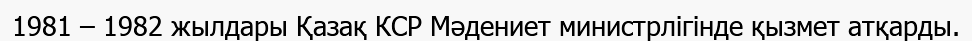
1981 – 1982 жылдары Қазақ КСР Мәдениет министрлігінде қызмет атқарды.